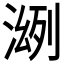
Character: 𣸠